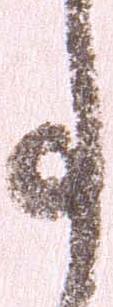
事